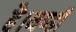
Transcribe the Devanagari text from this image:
है।थण्डी